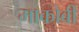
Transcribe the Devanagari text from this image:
माकोबी